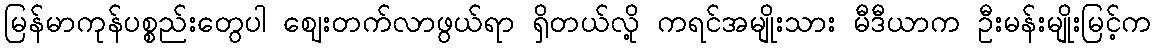
မြန်မာကုန်ပစ္စည်းတွေပါ ဈေးတက်လာဖွယ်ရာ ရှိတယ်လို့ ကရင်အမျိုးသား မီဒီယာက ဦးမန်းမျိုးမြင့်က